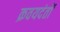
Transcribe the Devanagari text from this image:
क्रवयदंतों